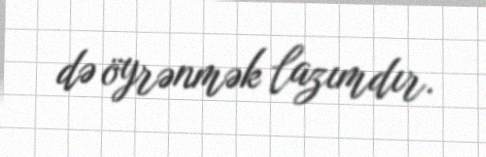
də öyrənmək lazımdır.